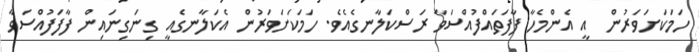
ހަމަކަށަވަރުން  އީ އެންމެހާ ފާފަތައްފުއްސަވާ ރަސްކަލާނގެއެވެ. ހަމަކަށަވަރުން އެކަލާނގެއީ ގިނަގިނައިން ފާފަފުއްސަވާ